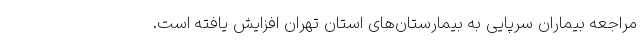
مراجعه بیماران سرپایی به بیمارستان‌های استان تهران افزایش یافته است.